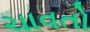
ચાવતો